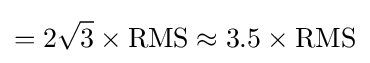
=2{\sqrt {3}}\times {\text{RMS}}\approx 3.5\times {\text{RMS}}